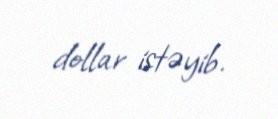
dollar istəyib.